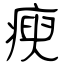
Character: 瘐